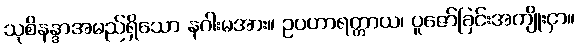
သုစိနန္ဒာအမည်ရှိသော နဂါးမအား။ ဥပဟာရတ္တာယ၊ ပူဇော်ခြင်းအကျိုးငှာ။